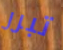
تبرر